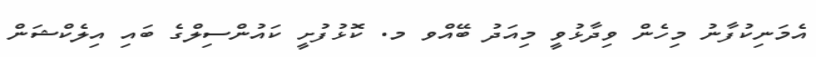
އެމަނިކުފާނު މިހެން ވިދާޅުވީ މިއަދު ބޭއްވ މ. ކޮޅުފުށީ ކައުންސިލްގެ ބައި އިލެކްޝަން